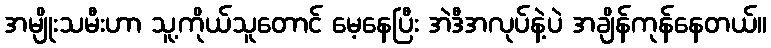
အမျိုးသမီးဟာ သူ့ကိုယ်သူတောင် မေ့နေပြီး အဲဒီအလုပ်နဲ့ပဲ အချိန်ကုန်နေတယ်။